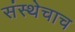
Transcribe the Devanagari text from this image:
संस्थेचाच